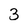
Character: 3